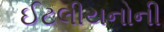
ઈટલીયનોની